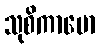
သုစိကာမော